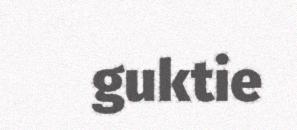
guktie